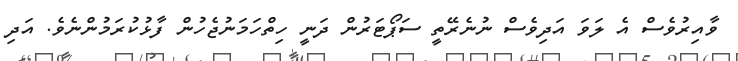
ވާއިރުވެސް އެ ލަވަ އަދިވެސް ނުނެރޭތީ ސަޕޯޓަރުން ދަނީ ހިތްހަމަނުޖެހުން ފާޅުކުރަމުންނެވެ. އަދި